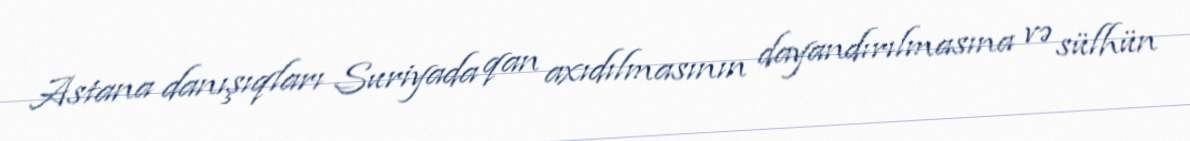
Astana danışıqları Suriyada qan axıdılmasının dayandırılmasına və sülhün